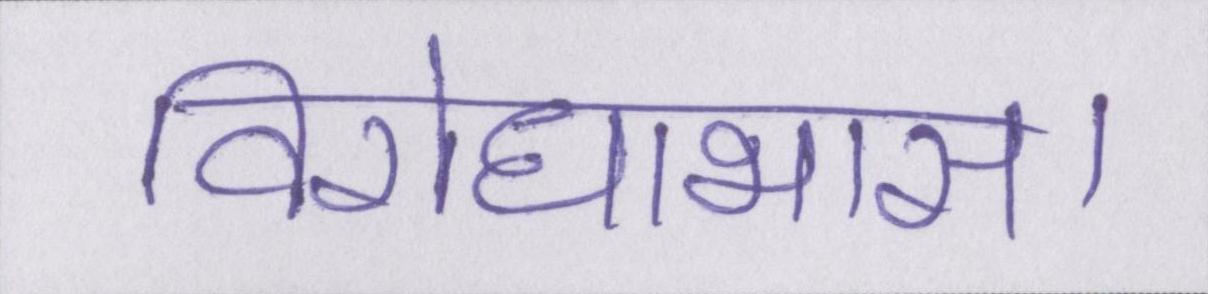
विरोधाभास।